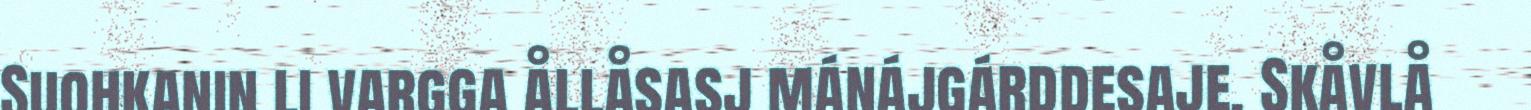
Suohkanin li vargga ållåsasj mánájgárddesaje. Skåvlå